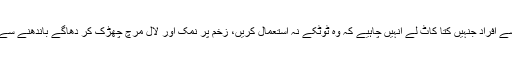
ماہرین کے مطابق ایسے افراد جنہیں کتا کاٹ لے انہیں چاہیے کہ وہ ٹوٹکے نہ استعمال کریں، زخم پر نمک اور لال مرچ چھڑک کر دھاگے باندھنے سے انفیکشن ہو سکتا ہے۔